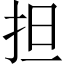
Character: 担